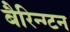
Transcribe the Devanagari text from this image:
बैरिन्ग्टन